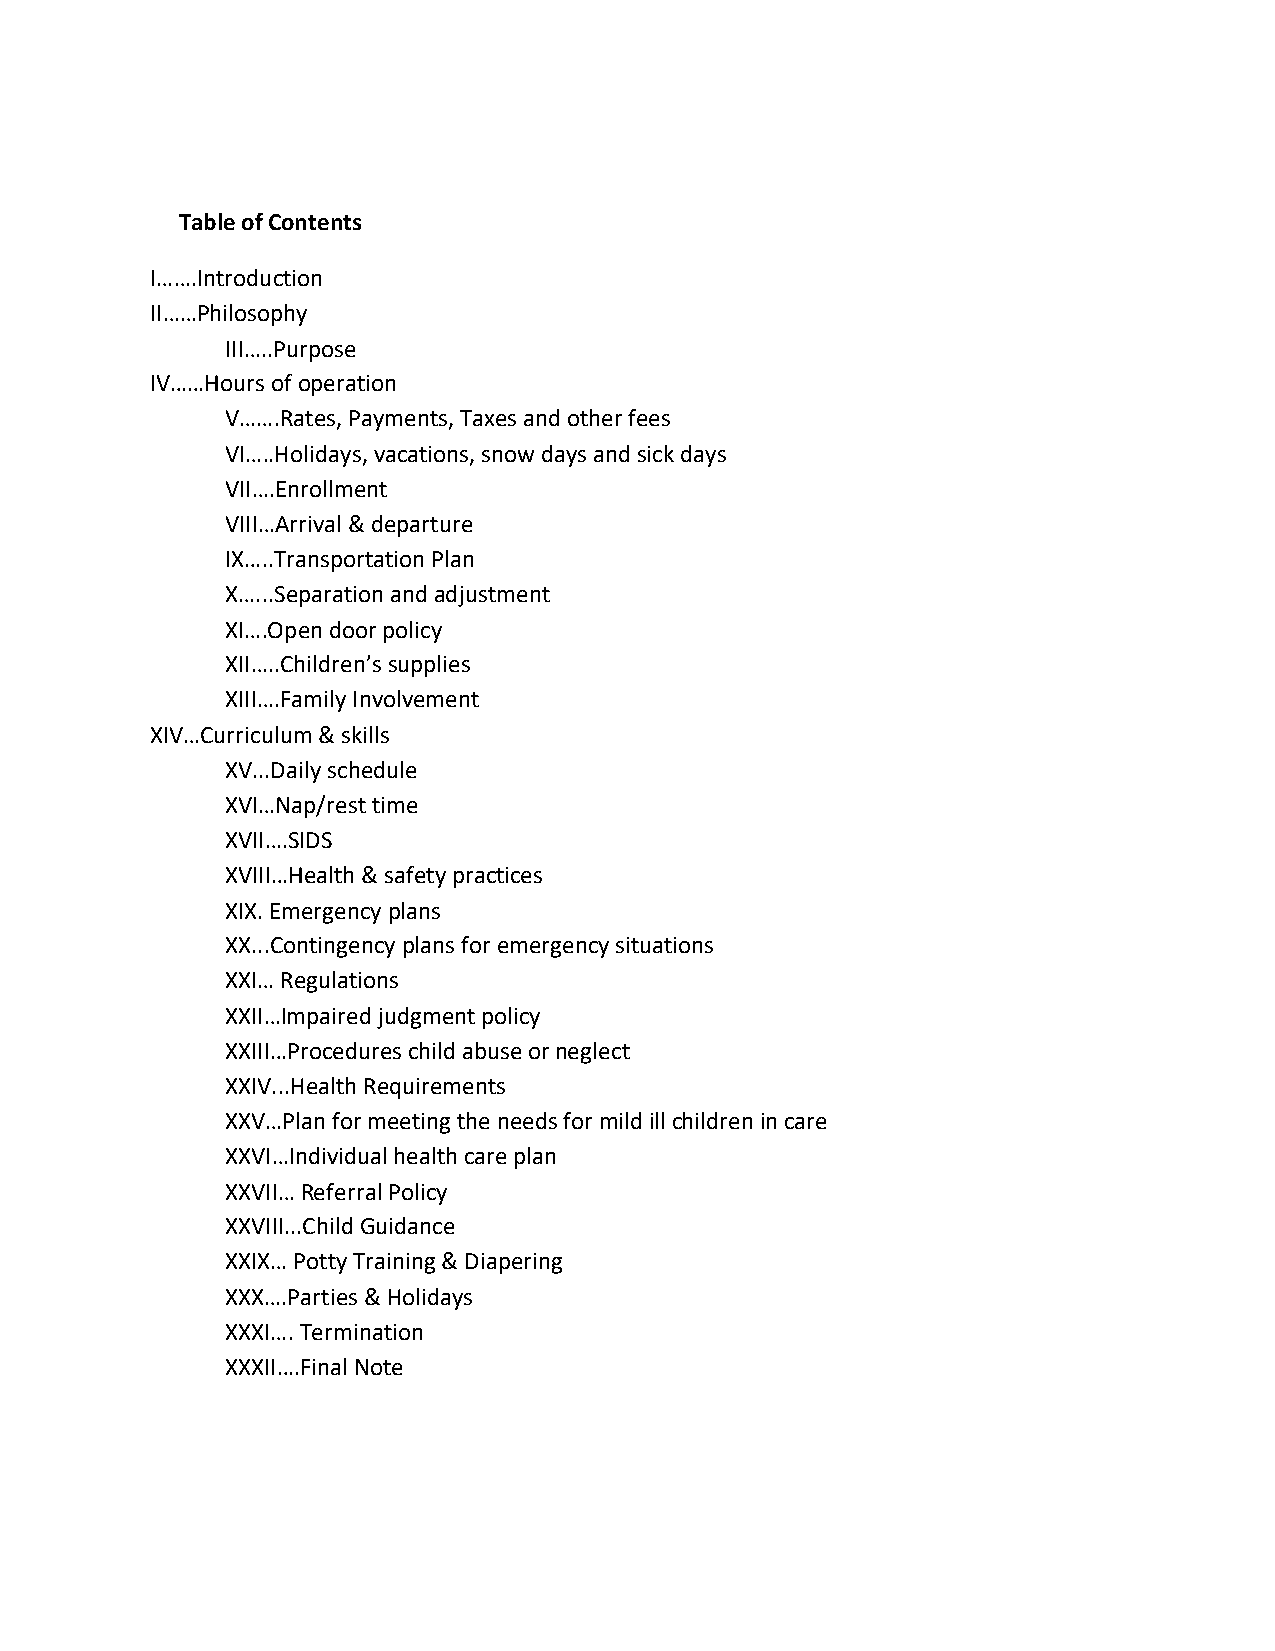
Table of Contents
 I…….Introduction
 II……Philosophy
 III…..Purpose
 IV……Hours of operation
 V…….Rates, Payments, Taxes and other fees
 VI…..Holidays, vacations, snow days and sick days
 VII….Enrollment
 VIII…Arrival & departure
 IX…..Transportation Plan
 X…...Separation and adjustment
 XI….Open door policy
 XII…..Children’s supplies
 XIII….Family Involvement
 XIV…Curriculum & skills
 XV...Daily schedule
 XVI…Nap/rest time
 XVII….SIDS
 XVIII…Health & safety practices
 XIX. Emergency plans
 XX...Contingency plans for emergency situations
 XXI… Regulations
 XXII…Impaired judgment policy
 XXIII…Procedures child abuse or neglect
 XXIV...Health Requirements
 XXV…Plan for meeting the needs for mild ill children in care
 XXVI…Individual health care plan
 XXVII… Referral Policy
 XXVIII...Child Guidance
 XXIX… Potty Training & Diapering
 XXX….Parties & Holidays
 XXXI…. Termination
 XXXII….Final Note